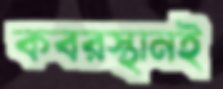
কবরস্থানই